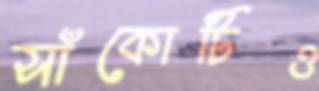
সাঁকোটিও